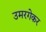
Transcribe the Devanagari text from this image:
उमरगेकर